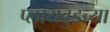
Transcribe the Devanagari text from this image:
प्लायवुडच्या